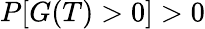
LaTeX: P[G(T)>0]>0